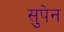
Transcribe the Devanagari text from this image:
सुपेन